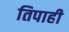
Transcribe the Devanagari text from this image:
तिपाही